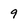
Character: 9